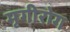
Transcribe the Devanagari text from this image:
मृगीरोग